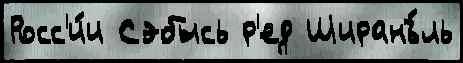
Росс'и́и Сэбысь р'ед Ширанъ́ль